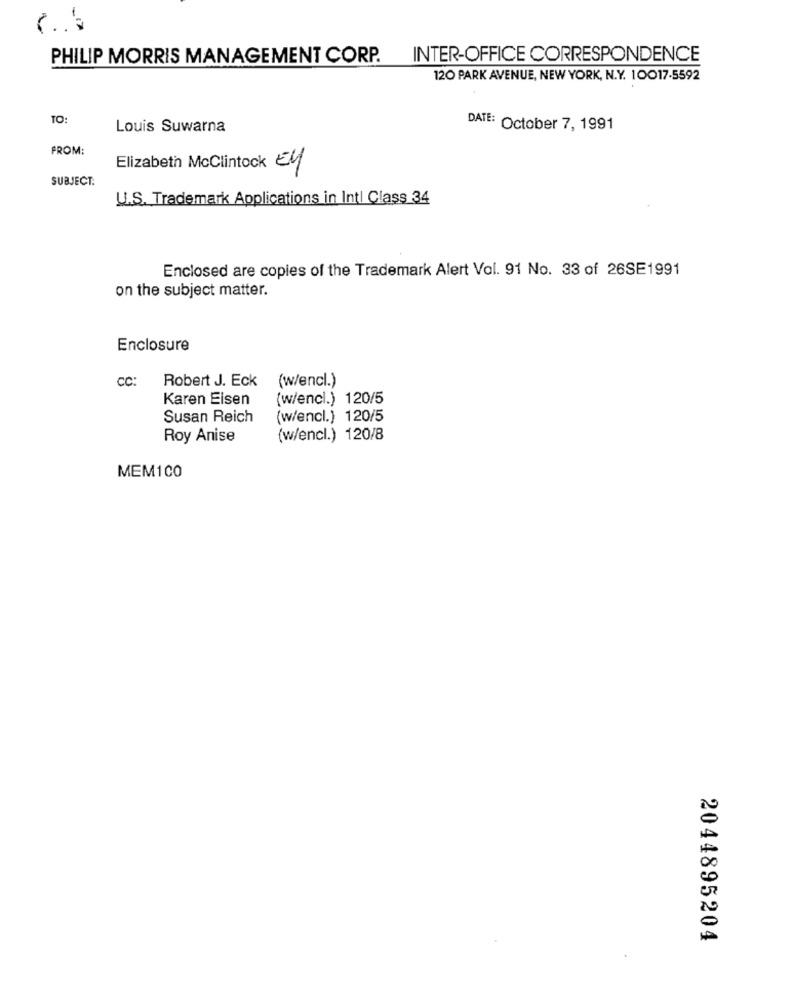
-17
PHILIP MORRIS MANAGEMENT CORP.
INTER-OFFICE CORRESPONDENCE
120 PARK AVENUE, NEW YORK, N.Y. 10017-5592
TO:
Louis Suwarna
DATE: October 7, 1991
FROM:
Elizabeth Mcclintock EN
SUBJECT:
U.S. Trademark Applications in Intl Class 34
Enclosed are copies of the Trademark Alert Vol. 91 No. 33 of 26SE1991
on the subject matter.
Enclosure
CC:
(w/encl.)
Robert J. Eck
Karen Eisen
(w/encl.) 120/5
Susan Reich
(w/encl.) 120/5
Roy Anise
(w/encl.) 120/8
MEM100
2044895204